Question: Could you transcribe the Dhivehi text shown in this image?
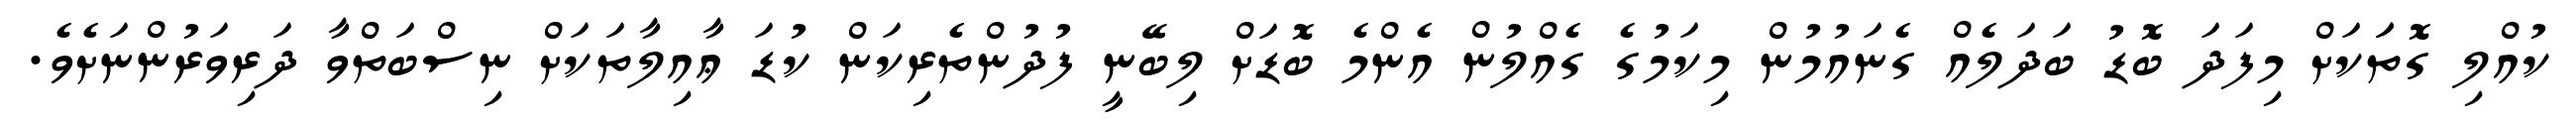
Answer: ކުއްލި ގޮތަަކަށް މިފަދަ ބޮޑު ބަދަލެއް ގެނައުމުން މިކަމުގެ ގެއްލުން އެންމެ ބޮޑަށް ލިބޭނީ ފުދުންތެރިކަން ކުޑަ ޢާއިލާތަކަށް ނިސްބަތްވާ ދަރިވަރުންނަށެވެ.